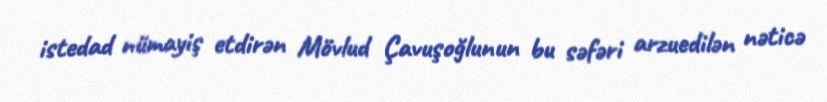
istedad nümayiş etdirən Mövlud Çavuşoğlunun bu səfəri arzuedilən nəticə